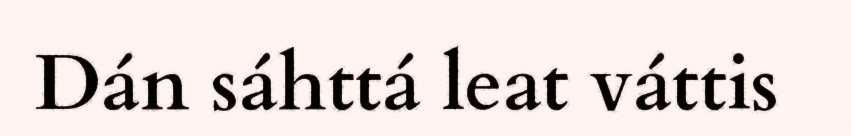
Dán sáhttá leat váttis